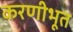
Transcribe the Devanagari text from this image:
करणीभूत